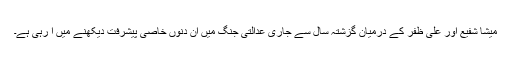
میشا شفیع اور علی ظفر کے درمیان گزشتہ سال سے جاری عدالتی جنگ میں ان دنوں خاصی پیشرفت دیکھنے میں آ رہی ہے۔